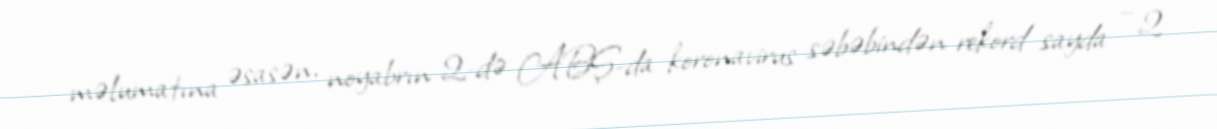
məlumatına əsasən, noyabrın 2-də ABŞ-da koronavirus səbəbindən rekord sayda – 2